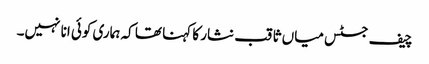
چیف جسٹس میاں ثاقب نثار کا کہنا تھا کہ ہماری کوئی انا نہیں۔